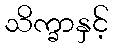
သိက္ခာနှင့်